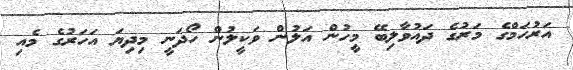
އަރުހަމްގެ މަރުގެ ދައުވާލިބޭ މީހުން އަލުން ވަކީލުން ހޯދަނީ މިދިޔަ އަހަރުގެ މެއި